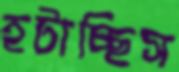
হটাচ্ছিস